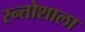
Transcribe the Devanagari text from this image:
स्न्तोशाला